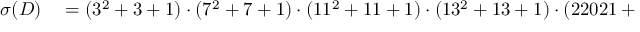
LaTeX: \begin{array} { r l } { \sigma ( D ) } & { { } = ( 3 ^ { 2 } + 3 + 1 ) \cdot ( 7 ^ { 2 } + 7 + 1 ) \cdot ( 1 1 ^ { 2 } + 1 1 + 1 ) \cdot ( 1 3 ^ { 2 } + 1 3 + 1 ) \cdot ( 2 2 0 2 1 + 1 ) = ( 1 3 ) \cdot ( 3 \cdot 1 9 ) \cdot ( 7 \cdot 1 9 ) \cdot ( 3 \cdot 6 1 ) \cdot ( 2 2 \cdot 1 0 0 1 ) } \end{array}